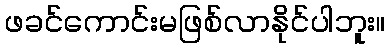
ဖခင်ကောင်းမဖြစ်လာနိုင်ပါဘူး။